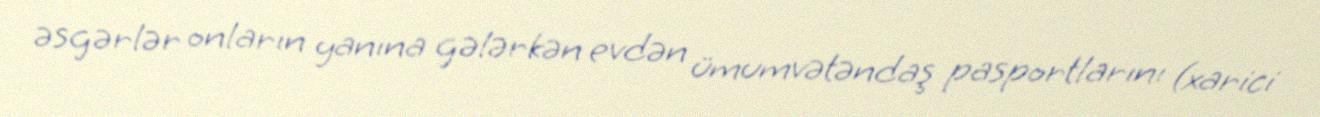
əsgərlər onların yanına gələrkən evdən ümumvətəndaş pasportlarını (xarici